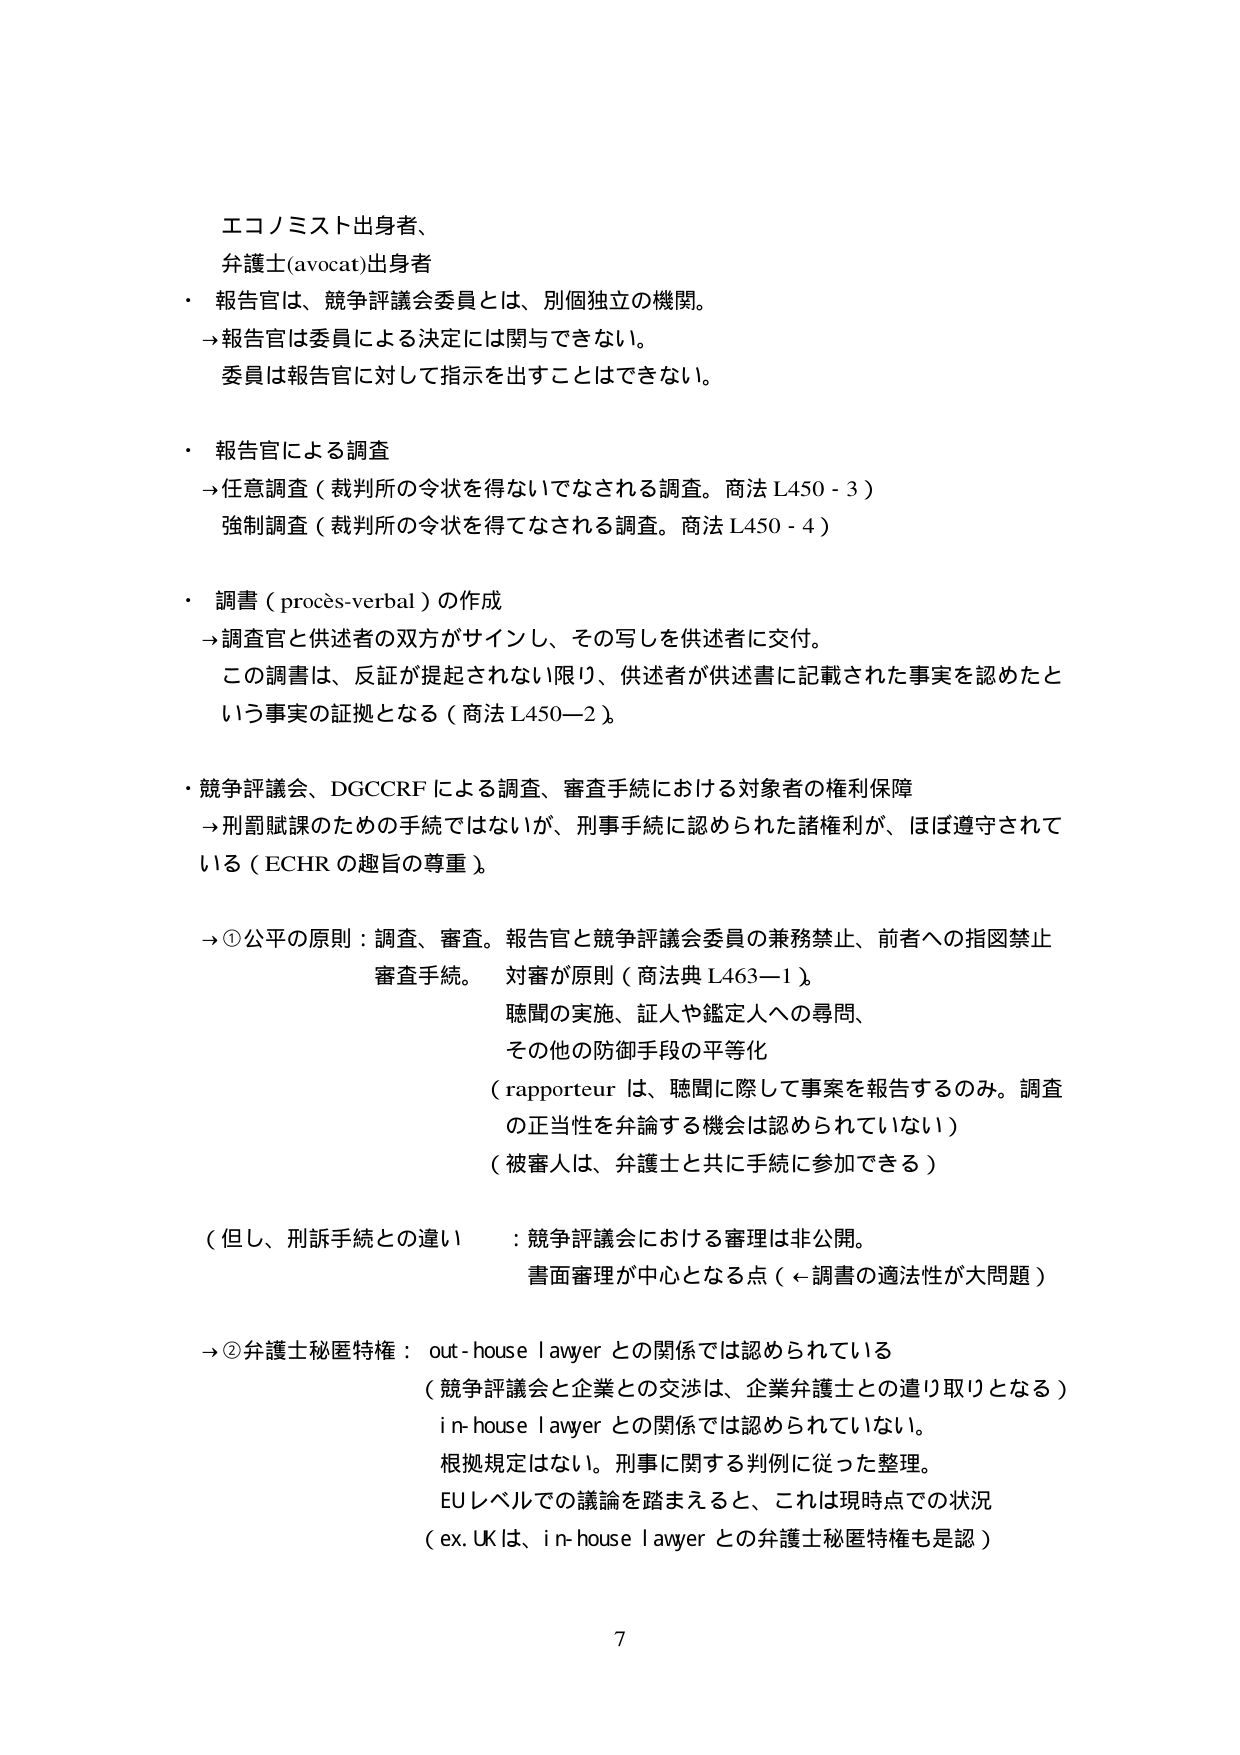
エコノミスト出身者、
弁護士(avocat)出身者

・ 報告官は、競争評議会委員とは、別個独立の機関。
→報告官は委員による決定には関与できない。
委員は報告官に対して指示を出すことはできない。

・ 報告官による調査
→任意調査（裁判所の令状を得ないでなされる調査。商法 L450-3）
強制調査（裁判所の令状を得てなされる調査。商法 L450-4）

・ 調書（procès-verbal）の作成
→調査官と供述者の双方がサインし、その写しを供述者に交付。
この調書は、反証が提起されない限り、供述者が供述書に記載された事実を認めたという事実の証拠となる（商法 L450-2）。

・ 競争評議会、DGCCRF による調査、審査手続における対象者の権利保障
→刑罰賦課のための手続ではないが、刑事手続に認められた諸権利が、ほぼ遵守されている（ECHR の趣旨の尊重）。

→①公平の原則：調査、審査。報告官と競争評議会委員の兼務禁止、前者への指図禁止
審査手続。 対審が原則（商法典 L463-1）。
聴聞の実施、証人や鑑定人への尋問、
その他の防御手段の平等化
（rapporteur は、聴聞に際して事案を報告するのみ。調査の正当性を弁論する機会は認められていない）
（被審人は、弁護士と共に手続に参加できる）

（但し、刑訴手続との違い：競争評議会における審理は非公開。
書面審理が中心となる点（←調書の適法性が大問題））

→②弁護士秘匿特権：out-house lawyer との関係では認められている
（競争評議会と企業との交渉は、企業弁護士との遣り取りとなる）
in-house lawyer との関係では認められていない。
根拠規定はない。刑事に関する判例に従った整理。
EUレベルでの議論を踏まえると、これは現時点での状況
（ex. UK は、in-house lawyer との弁護士秘匿特権も是認）

7